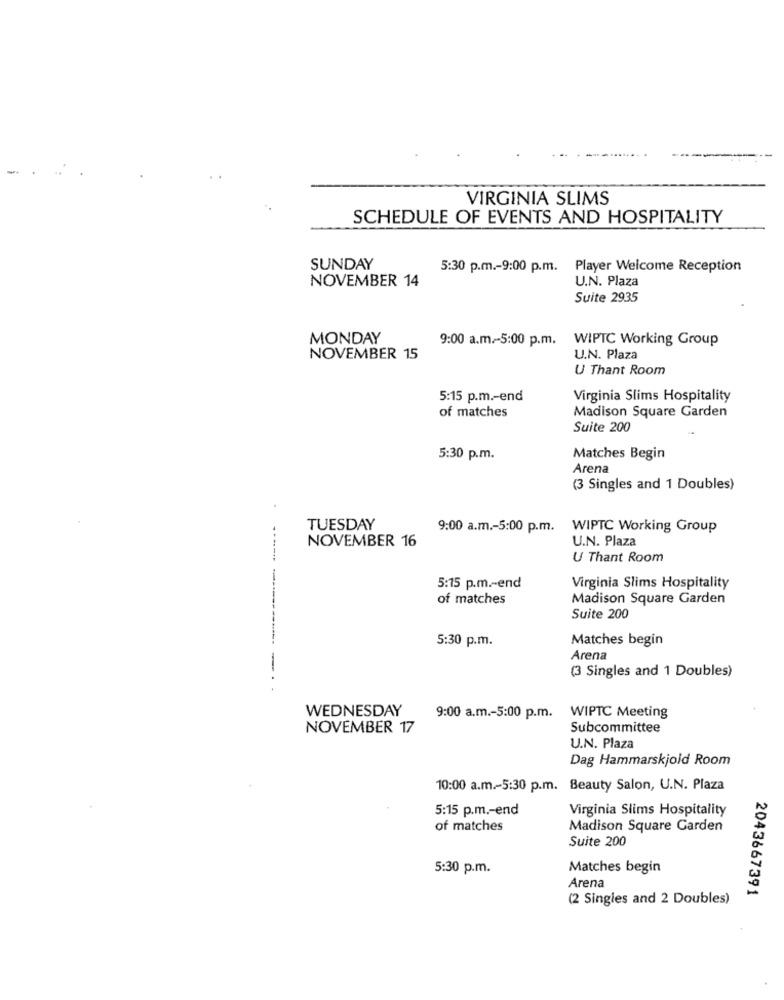
VIRGINIA SLIMS
SCHEDULE OF EVENTS AND HOSPITALITY
SUNDAY
5:30 p.m .- 9:00 p.m. Player Welcome Reception
NOVEMBER 14
U.N. Plaza
Suite 2935
MONDAY
9:00 a.m .- 5:00 p.m. WIPTC Working Group
NOVEMBER 15
U.N. Plaza
U Thant Room
5:15 p.m .- end
Virginia Slims Hospitality
of matches
Madison Square Garden
Suite 200
5:30 p.m.
Matches Begin
Arena
(3 Singles and 1 Doubles)
TUESDAY
9:00 a.m .- 5:00 p.m. WIPTC Working Group
NOVEMBER 16
U.N. Plaza
U Thant Room
---- -
5:15 p.m .- end
Virginia Slims Hospitality
of matches
Madison Square Garden
Suite 200
5:30 p.m.
Matches begin
Arena
-
(3 Singles and 1 Doubles)
WEDNESDAY
9:00 a.m .- 5:00 p.m. WIPTC Meeting
NOVEMBER 17
Subcommittee
U.N. Plaza
Dag Hammarskjold Room
10:00 a.m .- 5:30 p.m. Beauty Salon, U.N. Plaza
5:15 p.m .- end
Virginia Slims Hospitality
of matches
Madison Square Garden
Suite 200
5:30 p.m.
Matches begin
Arena
2043667391
(2 Singles and 2 Doubles)